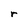
Character: r